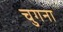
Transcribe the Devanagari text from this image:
चुगना